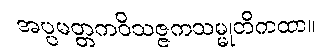
အပ္ပမတ္တကဝိသဇ္ဇကသမ္မုတိကထာ။